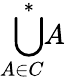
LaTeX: {\underset{A\in C}{\, \, \bigcup^{*}\! }}A